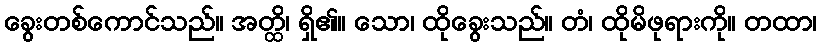
ခွေးတစ်ကောင်သည်။ အတ္ထိ၊ ရှိ၏။ သော၊ ထိုခွေးသည်။ တံ၊ ထိုမိဖုရားကို။ တထာ၊